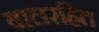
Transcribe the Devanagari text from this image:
बालरहित